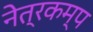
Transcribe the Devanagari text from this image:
नेत्रकम्प